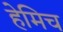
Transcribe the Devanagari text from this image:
हेमिच